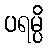
ပရမ္ပိ